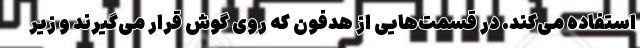
استفاده می‌کند. در قسمت‌هایی از هدفون که روی گوش قرار می‌گیرند و زیر